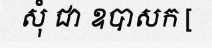
សុំ ជា ឧបាសក [